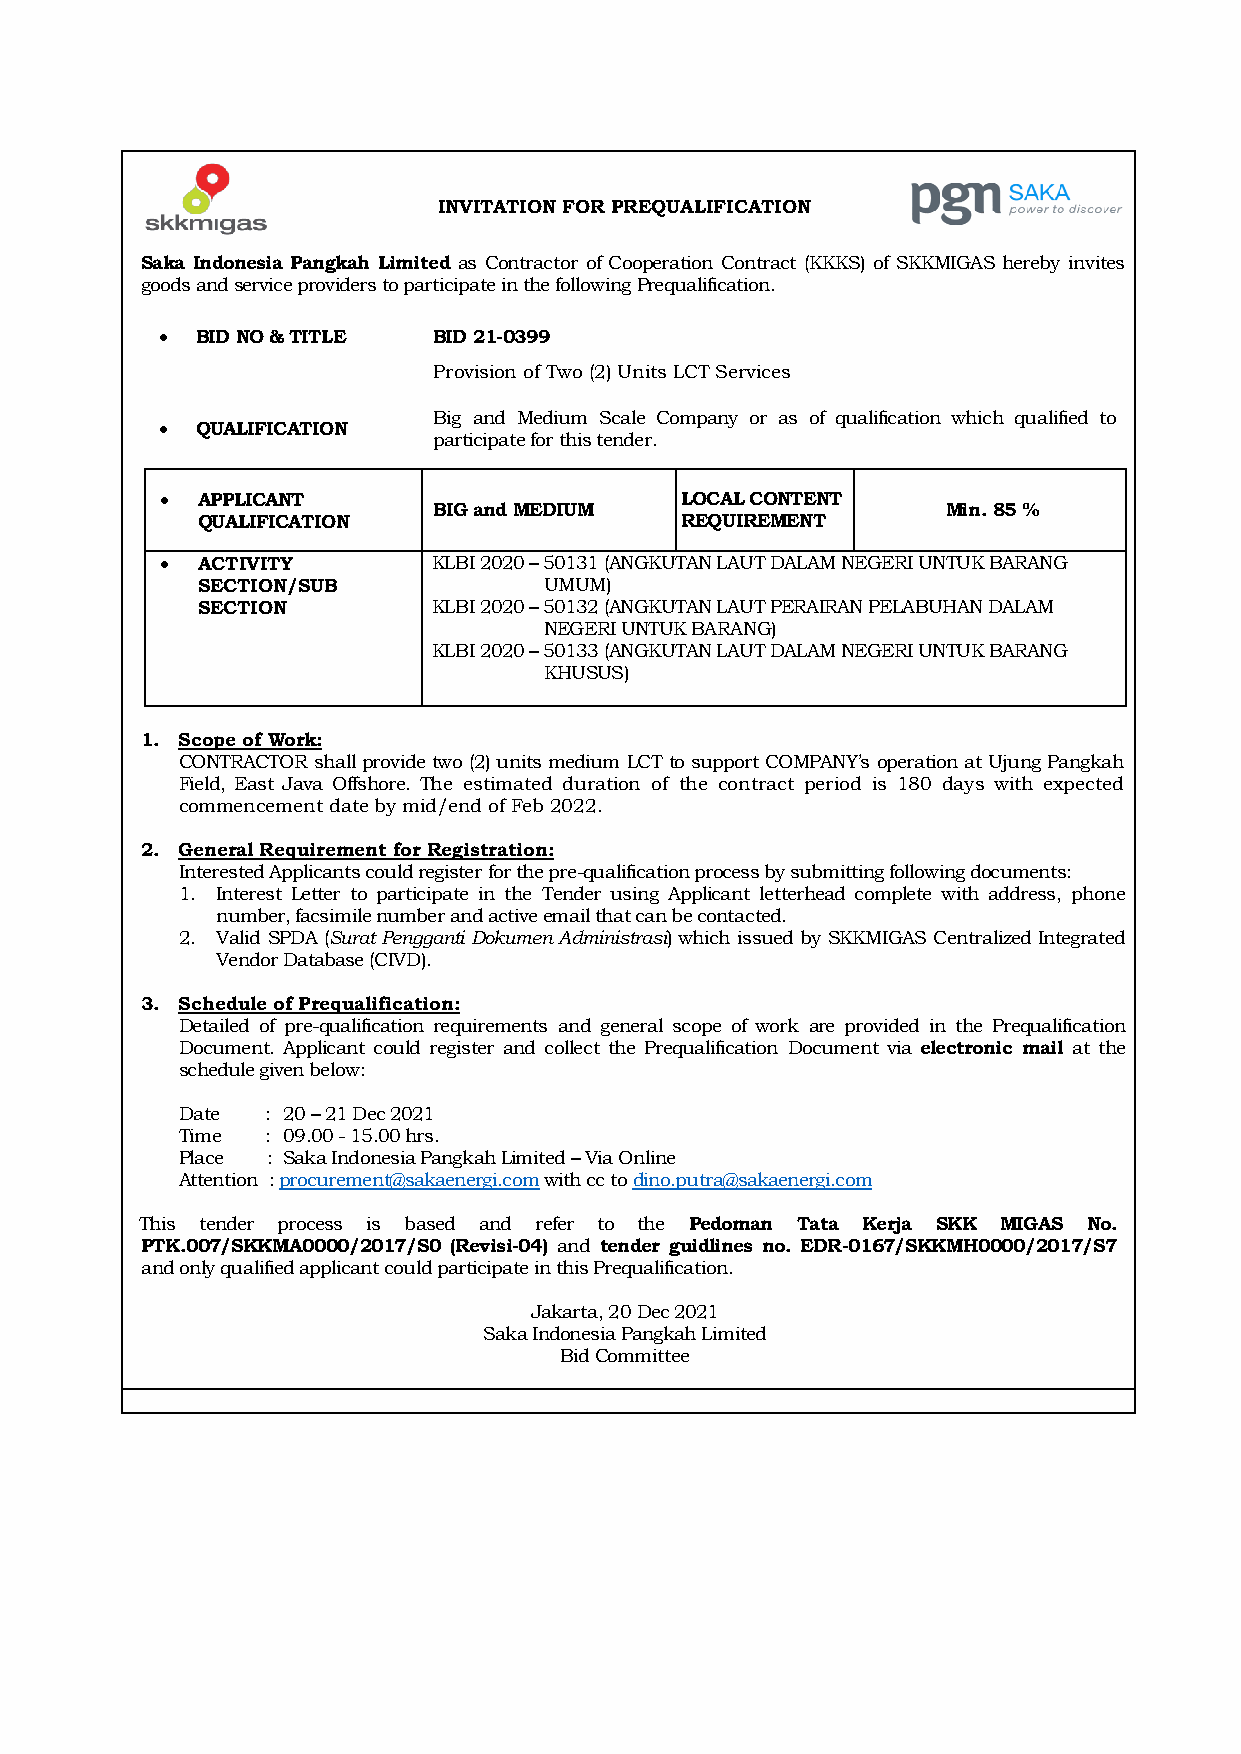
INVITATION FOR PREQUALIFICATION
 Saka Indonesia Pangkah Limited as Contractor of Cooperation Contract (KKKS) of SKKMIGAS hereby invites
 goods and service providers to participate in the following Prequalification.
   BID NO & TITLE  BID 21-0399
 Provision of Two (2) Units LCT Services
 Big and Medium Scale Company or as of qualification which qualified to
   QUALIFICATION
 participate for this tender.
  APPLICANT                       LOCAL CONTENT
 BIG and MEDIUM                    Min. 85 %
 QUALIFICATION                   REQUIREMENT
  ACTIVITY        KLBI 2020 – 50131 (ANGKUTAN LAUT DALAM NEGERI UNTUK BARANG
 SECTION/SUB            UMUM)
 SECTION         KLBI 2020 – 50132 (ANGKUTAN LAUT PERAIRAN PELABUHAN DALAM
 NEGERI UNTUK BARANG)
 KLBI 2020 – 50133 (ANGKUTAN LAUT DALAM NEGERI UNTUK BARANG
 KHUSUS)
 1. Scope of Work:
 CONTRACTOR shall provide two (2) units medium LCT to support COMPANY’s operation at Ujung Pangkah
 Field, East Java Offshore. The estimated duration of the contract period is 180 days with expected
 commencement date by mid/end of Feb 2022.
 2. General Requirement for Registration:
 Interested Applicants could register for the pre-qualification process by submitting following documents:
 1. Interest Letter to participate in the Tender using Applicant letterhead complete with address, phone
 number, facsimile number and active email that can be contacted.
 2. Valid SPDA (Surat Pengganti Dokumen Administrasi) which issued by SKKMIGAS Centralized Integrated
 Vendor Database (CIVD).
 3. Schedule of Prequalification:
 Detailed of pre-qualification requirements and general scope of work are provided in the Prequalification
 Document. Applicant could register and collect the Prequalification Document via electronic mail at the
 schedule given below:
 Date  : 20 – 21 Dec 2021
 Time  : 09.00 - 15.00 hrs.
 Place : Saka Indonesia Pangkah Limited – Via Online
 Attention : procurement@sakaenergi.com with cc to dino.putra@sakaenergi.com
 At
 This tender process is based and refer to the Pedoman Tata Kerja SKK MIGAS No.
 PTK.007/SKKMA0000/2017/S0 (Revisi-04) and tender guidlines no. EDR-0167/SKKMH0000/2017/S7
 and only qualified applicant could participate in this Prequalification.
 Jakarta, 20 Dec 2021
 Saka Indonesia Pangkah Limited
 Bid Committee